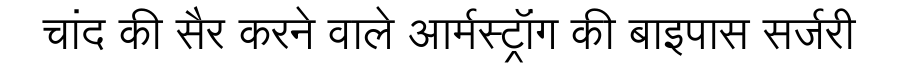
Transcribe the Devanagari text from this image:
चांद की सैर करने वाले आर्मस्ट्रॉंग की बाइपास सर्जरी